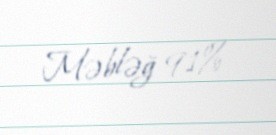
Məbləğ 91%